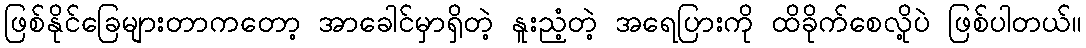
ဖြစ်နိုင်ခြေများတာကတော့ အာခေါင်မှာရှိတဲ့ နူးညံ့တဲ့ အရေပြားကို ထိခိုက်စေလို့ပဲ ဖြစ်ပါတယ်။